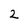
Character: 2